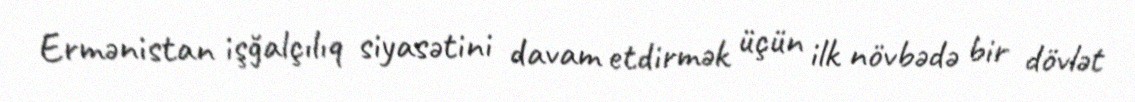
Ermənistan işğalçılıq siyasətini davam etdirmək üçün ilk növbədə bir dövlət